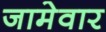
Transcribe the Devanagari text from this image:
जामेवार